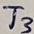
Text: T3